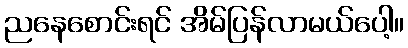
ညနေစောင်းရင် အိမ်ပြန်လာမယ်ပေါ့။